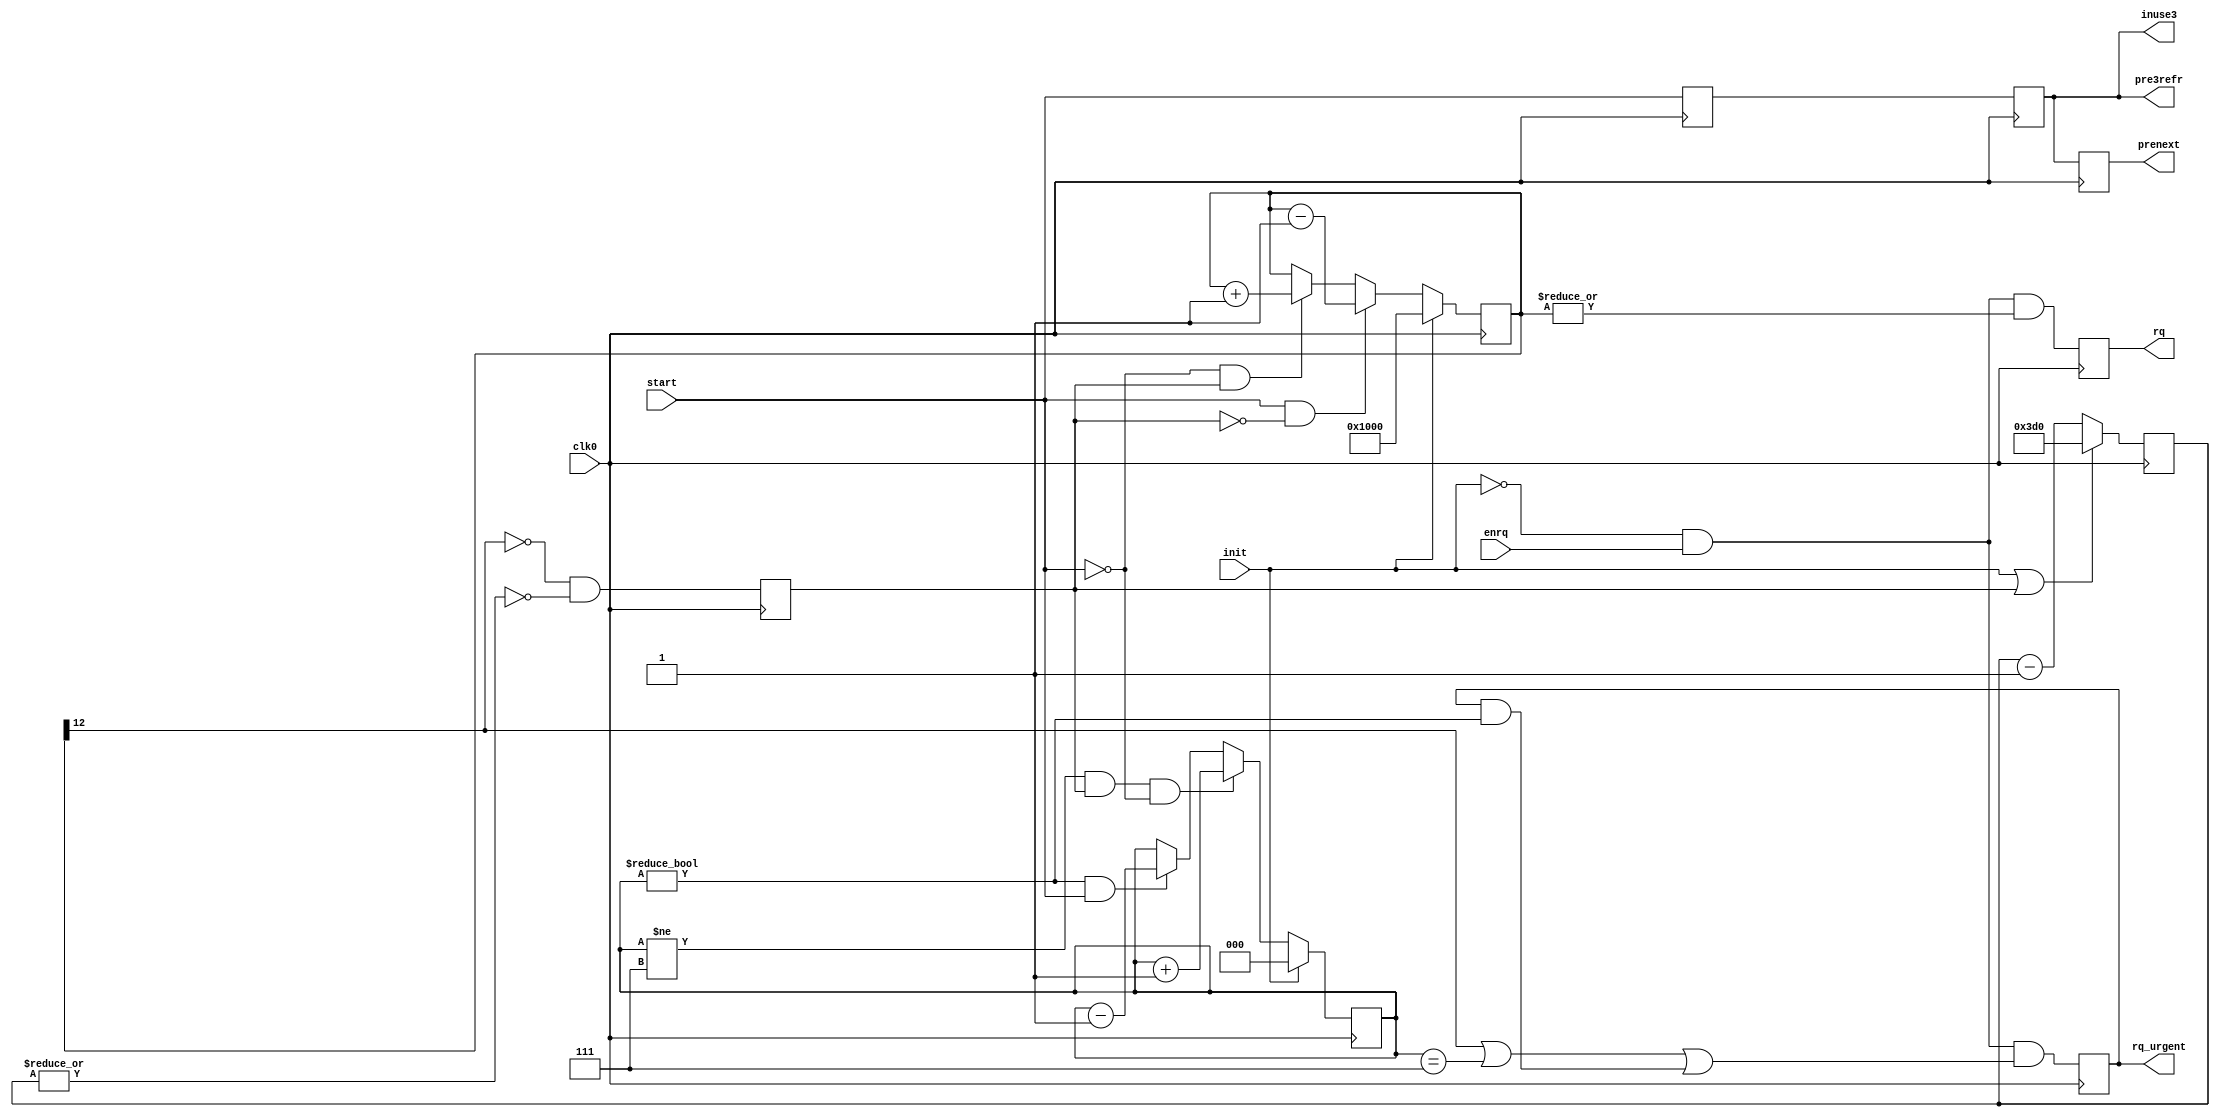
module mcontr_refresh (clk0,
                       enrq,
                       init,
                       start,
                       rq,
                       rq_urgent,
                       prenext,
// interface to SDRAM (through extra registers
                       pre3refr,  // precharge command (3 ahead)
                       inuse3    // SDRAm in use by this channel (sync with pre3***
							  );
							  	
   input       clk0;
   input       enrq;
   input       init;
   input       start;
   output      rq;
   output      rq_urgent;
   output      prenext;
   output      pre3refr;
   output      inuse3;

	parameter	REFRESHPERIOD=11'h3d0;

   reg         pre4refr;
   reg         pre3refr;
   reg         prenext;
   wire        inuse3=pre3refr;
	reg	[12:0] nRefrDue;
	reg	[10:0] rcntr;
   reg   [ 2:0] ucntr;
	reg			 rtim;
	reg			 rq;
	reg			 rq_urgent;

   always @ (negedge clk0) begin
     pre4refr <= start;
     pre3refr <= pre4refr;
     prenext  <= pre3refr;

     if      (init)                                 ucntr[2:0] <=4'h0;
     else if ((ucntr[2:0]!=3'h7) && rtim && !start) ucntr[2:0] <= ucntr[2:0]+1;
     else if ((ucntr[2:0]!=3'h0) &&          start) ucntr[2:0] <= ucntr[2:0]-1;

     if      (init)            nRefrDue <= {1'b1,12'b0}; 
	  else if ( start && !rtim) nRefrDue <= nRefrDue - 1;
	  else if (!start &&  rtim) nRefrDue <= nRefrDue + 1;

	  if (init | rtim) rcntr[10:0] <= REFRESHPERIOD;
	  else             rcntr[10:0] <= rcntr[10:0]-1;

	  rtim      <= !nRefrDue[12] && !(|rcntr[10:0]);	// nRefrDue[12] to "saturate" number of refr. cycles due to 4096
     rq        <= !init && enrq && |nRefrDue[12:0];
     rq_urgent <= !init && enrq && (nRefrDue[12] || (ucntr[2:0]==3'h7) || (rq_urgent && (ucntr[2:0]!=3'h0)));
   end

endmodule